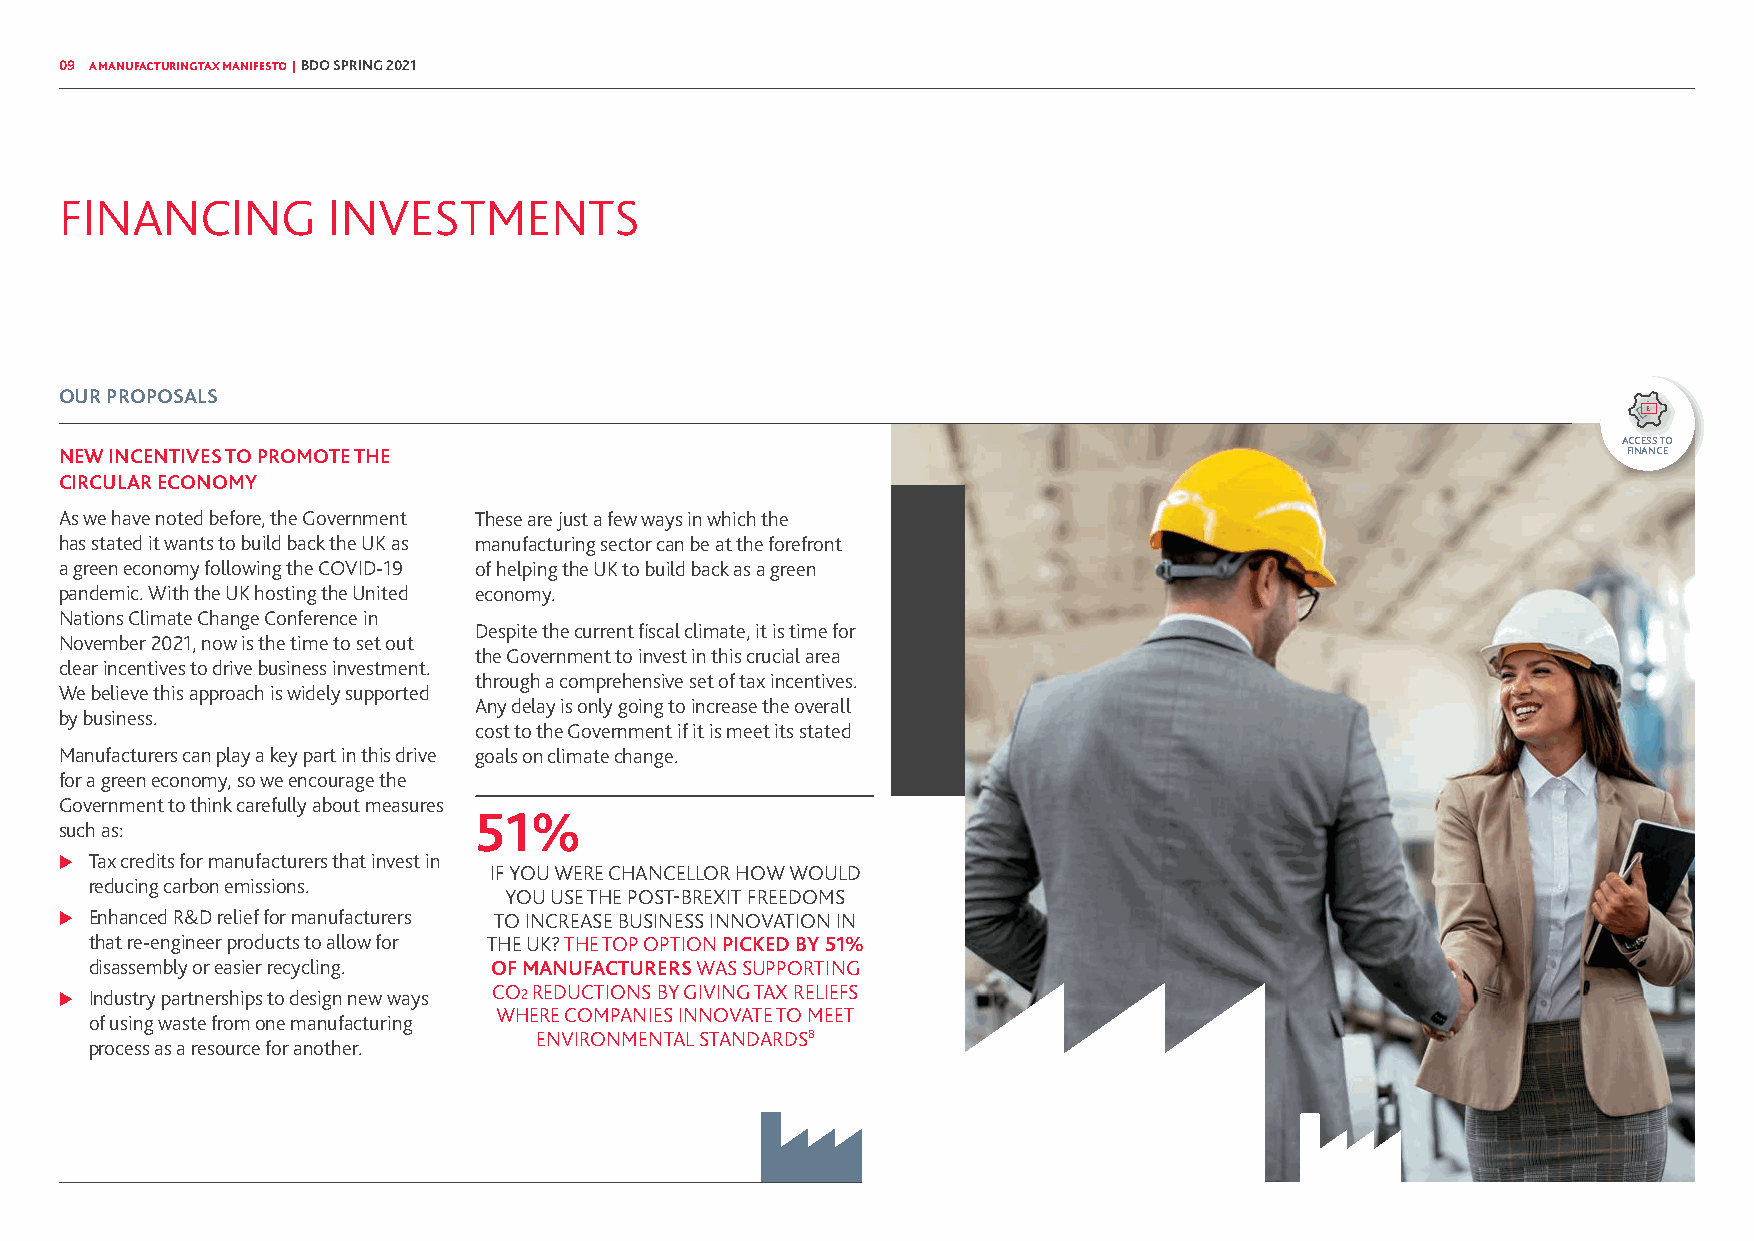
09 A MANUFACTURING TAX MANIFESTO | BDO SPRING 2021
 FINANCING         INVESTMENTS
 OUR PROPOSALS
 ACCESS TO
 NEW INCENTIVES TO PROMOTE THE                                                                           FINANCE
 CIRCULAR ECONOMY
 As we have noted before, the Government These are just a few ways in which the
 has stated it wants to build back the UK as manufacturing sector can be at the forefront
 a green economy following the COVID-19 of helping the UK to build back as a green
 pandemic. With the UK hosting the United economy.
 Nations Climate Change Conference in
 Despite the current fiscal climate, it is time for
 November 2021, now is the time to set out
 the Government to invest in this crucial area
 clear incentives to drive business investment.
 through a comprehensive set of tax incentives.
 We believe this approach is widely supported
 Any delay is only going to increase the overall
 by business.
 cost to the Government if it is meet its stated
 Manufacturers can play a key part in this drive goals on climate change.
 for a green economy, so we encourage the
 Government to think carefully about measures
 51%
 such as:
 X Tax credits for manufacturers that invest in
 IF YOU WERE CHANCELLOR HOW WOULD
 reducing carbon emissions.
 YOU USE THE POST-BREXIT FREEDOMS
 X Enhanced R&D relief for manufacturers TO INCREASE BUSINESS INNOVATION IN
 that re-engineer products to allow for THE UK? THE TOP OPTION PICKED BY 51%
 disassembly or easier recycling. OF MANUFACTURERS WAS SUPPORTING
 X Industry partnerships to design new ways
 CO2 REDUCTIONS BY GIVING TAX RELIEFS
 WHERE COMPANIES INNOVATE TO MEET
 of using waste from one manufacturing
 ENVIRONMENTAL STANDARDS8
 process as a resource for another.